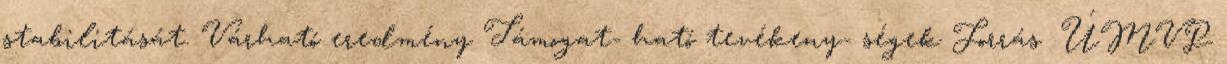
stabilitását. Várható eredmény Támogat- ható tevékeny- ségek Forrás ▪ÚMVP